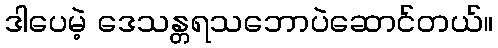
ဒါပေမဲ့ ဒေသန္တရသဘောပဲဆောင်တယ်။